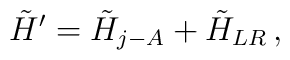
\tilde{H}^{\prime}=\tilde{H}_{j-A}+\tilde{H}_{LR}\,,